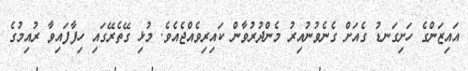
އައިޒަންގެ ހަށިގަނޑު ގެއަށް ގެނެވުނުއިރު މެންދުރުވާން ކައިރިވެއްޖެއެވެ. މުޅި ގޭތެރޭގައި ހިފާފައިވާ ރުއިމުގެ